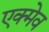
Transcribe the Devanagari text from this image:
एक्मेव